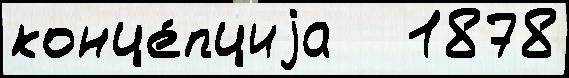
конце́пциjа   1878